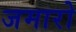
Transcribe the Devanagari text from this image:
जमारो